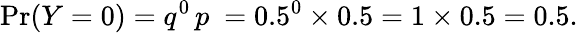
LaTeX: \operatorname*{Pr}(Y=0)=q^{0}\, p\ =0.5^{0}\times 0.5=1\times 0.5=0.5.